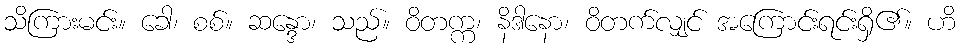
သိကြားမင်း။ ခေါ၊ စစ်။ ဆန္ဒော၊ သည်။ ဝိတက္က၊ နိဒါနော၊ ဝိတက်လျှင် အကြောင်းရင်းရှိ၏။ ဟိ